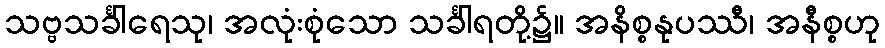
သဗ္ဗသင်္ခါရေသု၊ အလုံးစုံသော သင်္ခါရတို့၌။ အနိစ္စနုပဿီ၊ အနီစ္စဟု